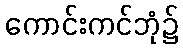
ကောင်းကင်ဘုံ၌